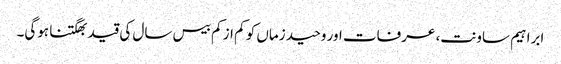
ابراہیم ساونت، عرفات اور وحید زماں کو کم از کم بیس سال کی قید بھگتنا ہوگی۔